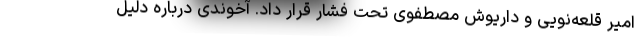
امیر قلعه‌نویی و داریوش مصطفوی تحت فشار قرار داد. آخوندی درباره دلیل